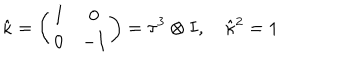
\hat { \kappa } = \left( \begin{array} { c c } { { I } } & { { 0 } } \\ { { 0 } } & { { - I } } \\ \end{array} \right) = \tau ^ { 3 } \otimes I , \quad \hat { \kappa } { } ^ { 2 } = 1